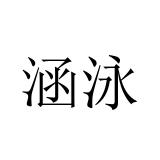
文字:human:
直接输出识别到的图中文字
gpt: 涵泳